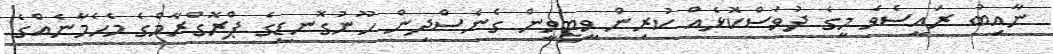
ނާއިބު ރައީސެވެ މީގެ ދުވަސްކޮޅެއް ކުރިން ވީޓީވީން ގެނެސްދިން ހޫނުގޮނޑީގެ ޕްރޮގްރާމްގެ މެހެމާނެއްގެ